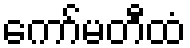
ကော်မတီထံ